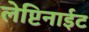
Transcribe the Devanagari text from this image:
लेप्टिनाईट